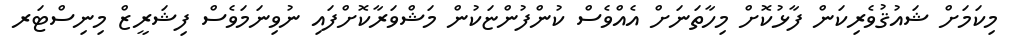
މިކަމަށް ޝައުޤުވެރިކަން ފާޅުކޮށް މިހާތަނަށް އެއްވެސް ކުންފުންޏަކުން މަޝްވަރާކޮށްފައި ނުވިނަމަވެސް ފިޝަރީޒް މިނިސްޓަރ